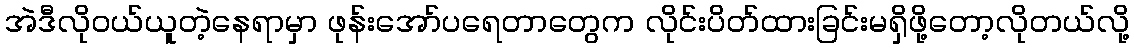
အဲဒီလိုဝယ်ယူတဲ့နေရာမှာ ဖုန်းအော်ပရေတာတွေက လိုင်းပိတ်ထားခြင်းမရှိဖို့တော့လိုတယ်လို့